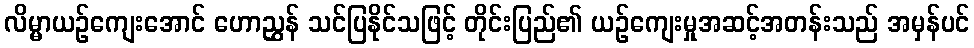
လိမ္မာယဉ်ကျေးအောင် ဟောညွှန် သင်ပြနိုင်သဖြင့် တိုင်းပြည်၏ ယဉ်ကျေးမှုအဆင့်အတန်းသည် အမှန်ပင်